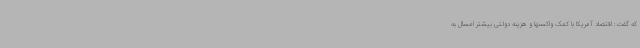
که گفت: اقتصاد آمریکا با کمک واکسنها و هزینه دولتی بیشتر امسال به